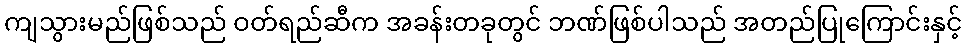
ကျသွားမည်ဖြစ်သည် ဝတ်ရည်ဆီက အခန်းတခုတွင် ဘဏ်ဖြစ်ပါသည် အတည်ပြုကြောင်းနှင့်